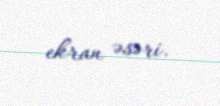
ekran əsəri.